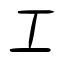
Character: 工